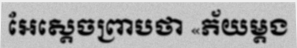
អែស្តេចព្រាបថា «ភ័យម្តង